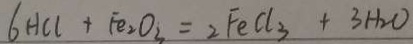
6 H C l + F e _ { 2 } O _ { 3 } = 2 F e C l _ { 3 } + 3 H _ { 2 } O